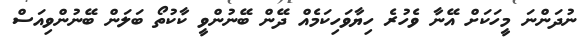
ނުދަންނަ މީހަކަށް އޭނާ ވެހުރެ ހިޔާވަހިކަމެއް ދޭން ބޭނުންވީ ކާކުތޯ ބަލަން ބޭނުންވިއަސް